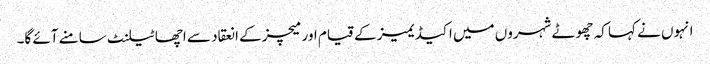
انہوں نے کہا کہ چھوٹے شہروں میں اکیڈیمیز کے قیام اور میچز کے انعقاد سے اچھا ٹیلنٹ سامنے آئے گا۔